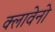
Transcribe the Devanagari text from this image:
क्लावेनो